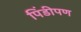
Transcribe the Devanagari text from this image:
पिंडीपण